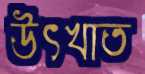
উৎখাত